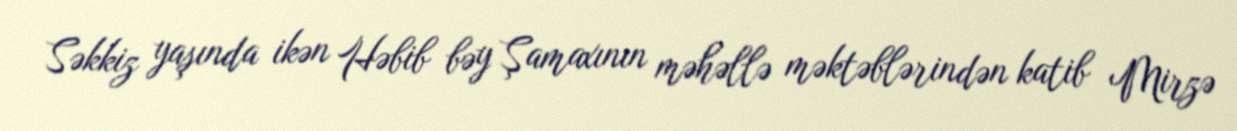
Səkkiz yaşında ikən Həbib bəy Şamaxının məhəllə məktəblərindən katib Mirzə